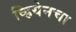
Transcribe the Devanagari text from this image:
व्हियेनचा